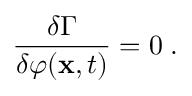
\frac { \delta \Gamma } { \delta \varphi ( { \bf x } , t ) } = 0 \; .